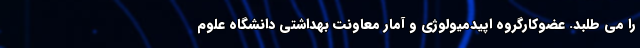
را می طلبد. عضوکارگروه اپیدمیولوژی و آمار معاونت بهداشتی دانشگاه علوم